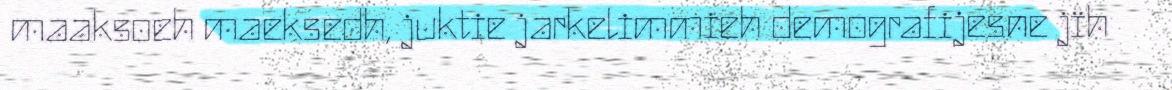
maaksoeh maeksedh, juktie jarkelimmieh demografijesne jïh